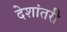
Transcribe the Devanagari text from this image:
देशांतरी